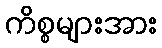
ကိစ္စများအား